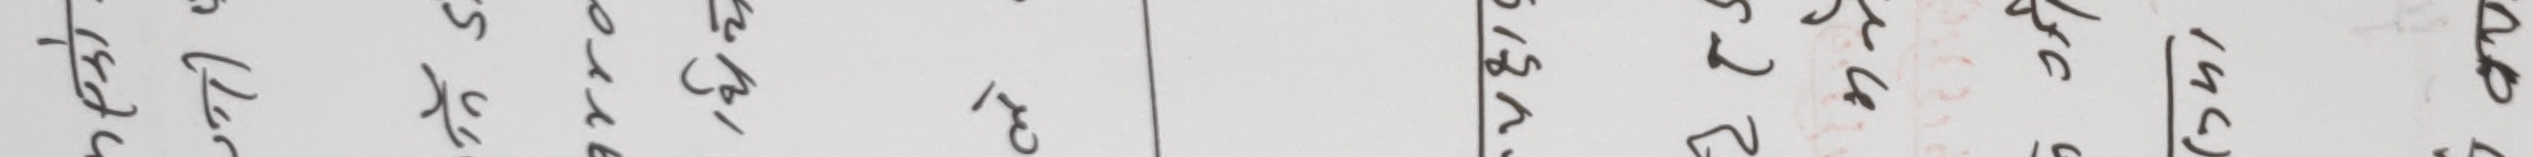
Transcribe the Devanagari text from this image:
२८ न ५ रे कर पास १६९ म